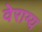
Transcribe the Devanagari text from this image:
वेराग्य